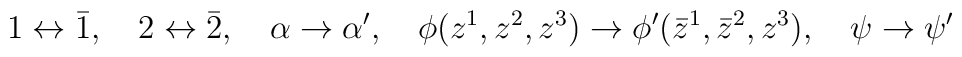
1 \leftrightarrow \bar{1}, \quad2 \leftrightarrow \bar{2}, \quad\alpha \rightarrow \alpha', \quad\phi(z^1, z^2, z^3) \rightarrow \phi'(\bar{z}^1, \bar{z}^2, z^3), \quad\psi \rightarrow \psi'